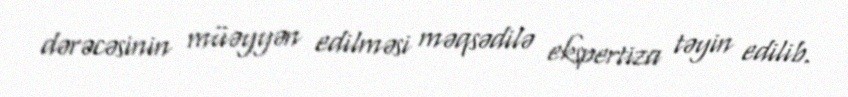
dərəcəsinin müəyyən edilməsi məqsədilə ekspertiza təyin edilib.